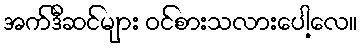
အက်ဒီဆင်များ ဝင်စားသလားပေါ့လေ။